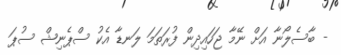
- ބާސެލޯނާ އަށް ނޭމާ ޖަހައިދިން ފުރަތަމަ ލަނޑާ އެކު ސްޕެނިޝް ސުޕަ